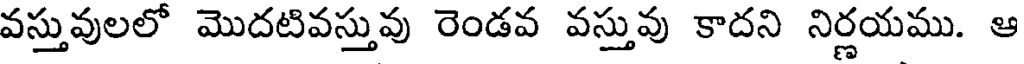
వస్తువులలో మొదటివస్తువు రెండవ వస్తువు కాదని నిర్ణయము. ఆ